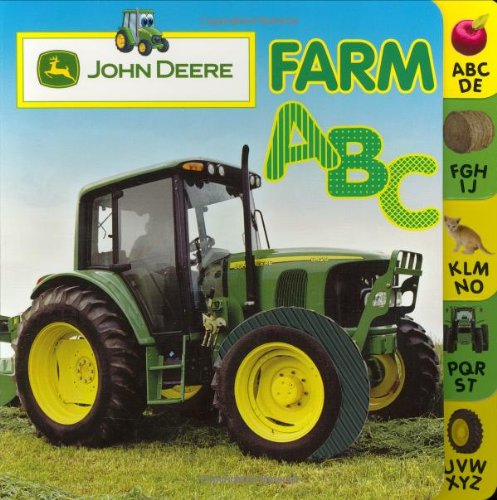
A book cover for John Deere: Farm A B C (John Deere (DK Hardcover)); DK Publishing; Children's Books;